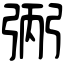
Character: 𢏺